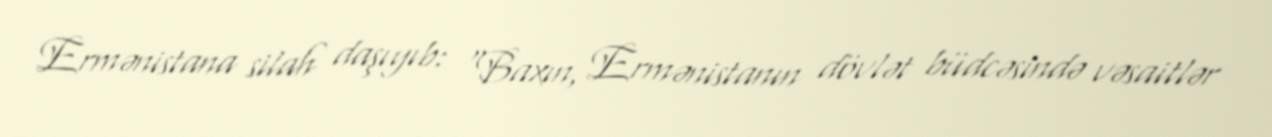
Ermənistana silah daşıyıb: “Baxın, Ermənistanın dövlət büdcəsində vəsaitlər